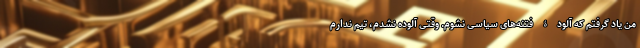
من یاد گرفتم که آلودۀ فتنه‌های سیاسی نشوم. وقتی آلوده نشدم، تیم ندارم